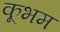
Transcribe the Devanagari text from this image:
कूभम